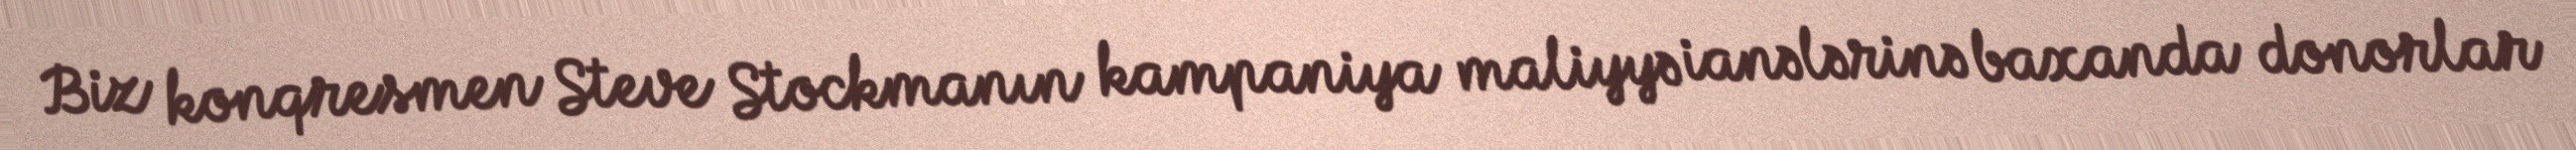
Biz konqresmen Steve Stockmanın kampaniya maliyyə ianələrinə baxanda donorlar